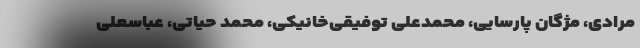
مرادی، مژگان پارسایی، محمدعلی توفیقی‌خانیکی، محمد حیاتی، عباسعلی